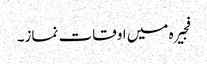
فجیرہ میں اوقات نماز۔